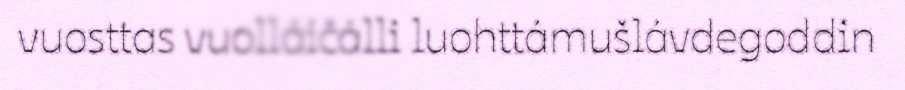
vuosttas vuolláičálli luohttámušlávdegoddin